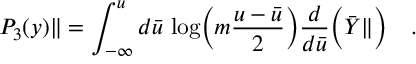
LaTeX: { \cal P } _ { 3 } ( y ) \| = \int _ { - \infty } ^ { u } d { \bar { u } } \, \log \Bigl ( m \frac { u - { \bar { u } } } { 2 } \Bigr ) \frac { d } { d { \bar { u } } } \Bigl ( { \bar { Y } } \| \Bigr ) \quad .